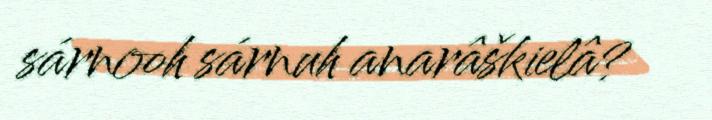
sárnooh sárnuh anarâškielâ?